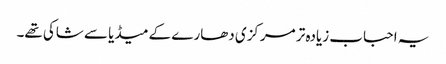
یہ احباب زیادہ تر مرکزی دھارے کے میڈیا سے شاکی تھے۔